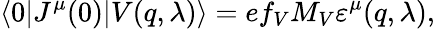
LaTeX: \langle 0|J^{\mu}(0)|V(q,\lambda)\rangle=ef_{V}M_{V}\varepsilon^{\mu}(q,\lambda),